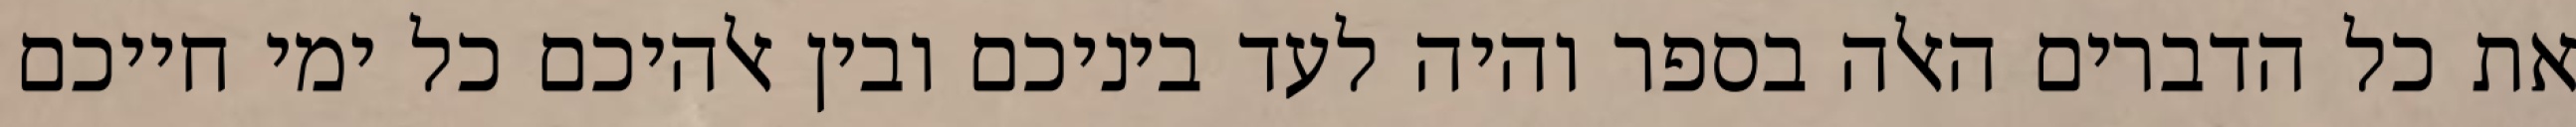
את כל הדברים האלה בספר והיה לעד ביניכם ובין אלהיכם כל ימי חייכם